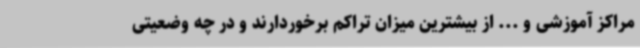
مراکز آموزشی و ... از بیشترین میزان تراکم برخوردارند و در چه وضعیتی